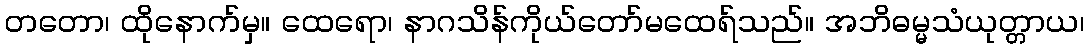
တတော၊ ထိုနောက်မှ။ ထေရော၊ နာဂသိန်ကိုယ်တော်မထေရ်သည်။ အဘိဓမ္မသံယုတ္တာယ၊